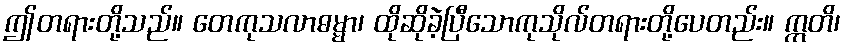
ဤတရားတို့သည်။ တေကုသလာဓမ္မာ၊ ထိုဆိုခဲ့ပြီသောကုသိုလ်တရားတို့ပေတည်း။ ဣတိ၊